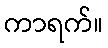
ကာရက်။